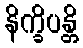
နိက္ခိပန္တိ